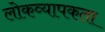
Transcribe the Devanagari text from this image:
लोकव्यापकता